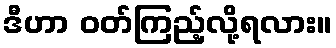
ဒီဟာ ဝတ်ကြည့်လို့ရလား။